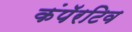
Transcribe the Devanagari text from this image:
कंपॅरटिव